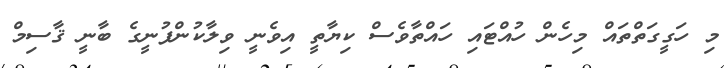
މި ހަގީގަތްތައް މިހެން ހުއްޓައި ހައްތާވެސް ކިޔާތީ އިވެނީ ވިލާކުންފުނީގެ ބާނީ ޤާސިމް